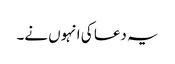
یہ دعا کی انہوں نے۔